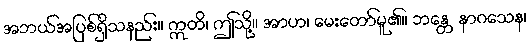
အဘယ်အပြစ်ရှိသနည်း။ ဣတိ၊ ဤသို့။ အာဟ၊ မေးတော်မူ၏။ ဘန္တေ နာဂသေန၊